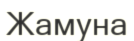
Жамуна